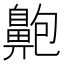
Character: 䶌